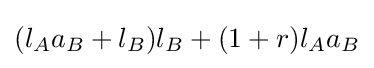
(l_{A}a_{B}+l_{B})l_{B}+(1+r)l_{A}a_{B}